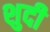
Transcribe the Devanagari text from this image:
शुदी